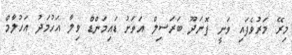
މިރޭ މަރުވެފައި ވަނީ ފޮނަދޫ ބަރަސިލް އަވަށު ޑައިމަންޑް ވިލާ އަހުމަދު އަހުލާމް